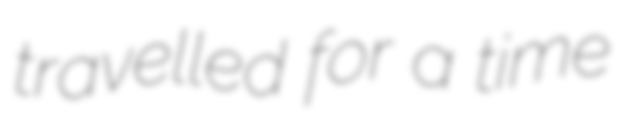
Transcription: travelled for a time